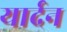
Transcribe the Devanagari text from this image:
यार्दन